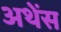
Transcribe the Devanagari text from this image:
अथेंस